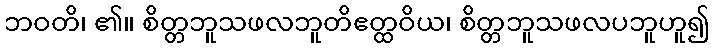
ဘဝတိ၊ ၏။ စိတ္တဘူသဖလဘူတိဧတ္ထဝိယ၊ စိတ္တဘူသဖလပဘူဟူ၍